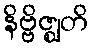
နိဗ္ဗိဇ္ဈတိ